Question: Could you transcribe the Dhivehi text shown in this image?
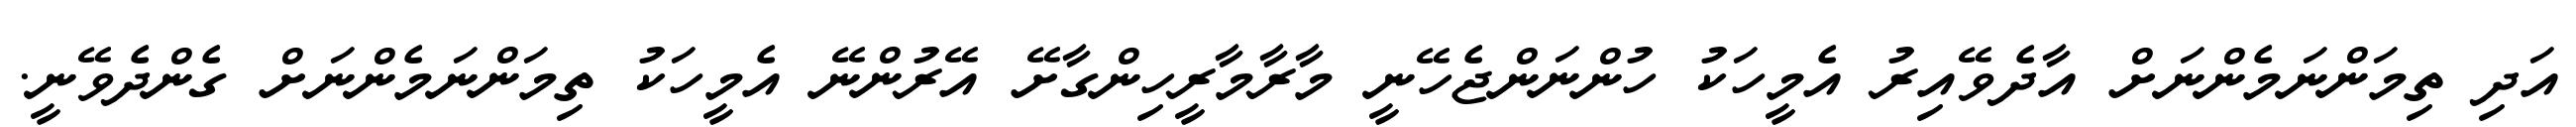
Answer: އަދި ތިމަންނަމެންނަށް އާދެވޭއިރު އެމީހަކު ހުންނަންޖެހޭނީ މާރާމާރީހިންގާށޭ އޭރުންނޭ އެމީހަކު ތިމަންނަމެންނަށް ގެންދެވޭނީ.